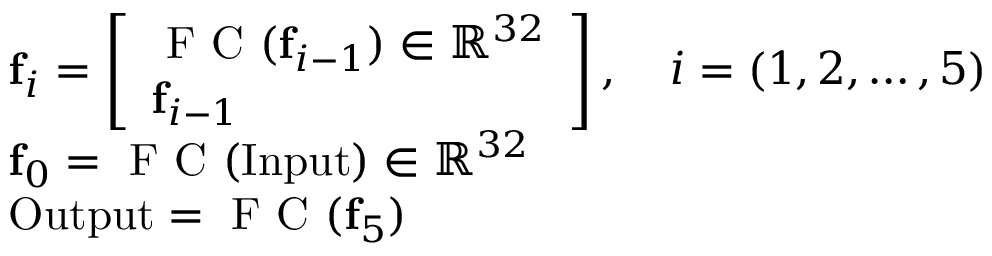
\begin{array} { r l } & { \mathbf { f } _ { i } = \left[ \begin{array} { l } { \textrm { F C } ( \mathbf { f } _ { i - 1 } ) \in \mathbb { R } ^ { 3 2 } } \\ { \mathbf { f } _ { i - 1 } } \end{array} \right] , \quad i = ( 1 , 2 , \dots , 5 ) } \\ & { \mathbf { f } _ { 0 } = \textrm { F C } ( \mathrm { I n p u t } ) \in \mathbb { R } ^ { 3 2 } } \\ & { \mathrm { O u t p u t } = \textrm { F C } ( \mathbf { f } _ { 5 } ) } \end{array}